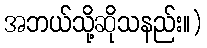
အဘယ်သို့ဆိုသနည်း။)